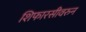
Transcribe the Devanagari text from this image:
शिफारसीवरुन